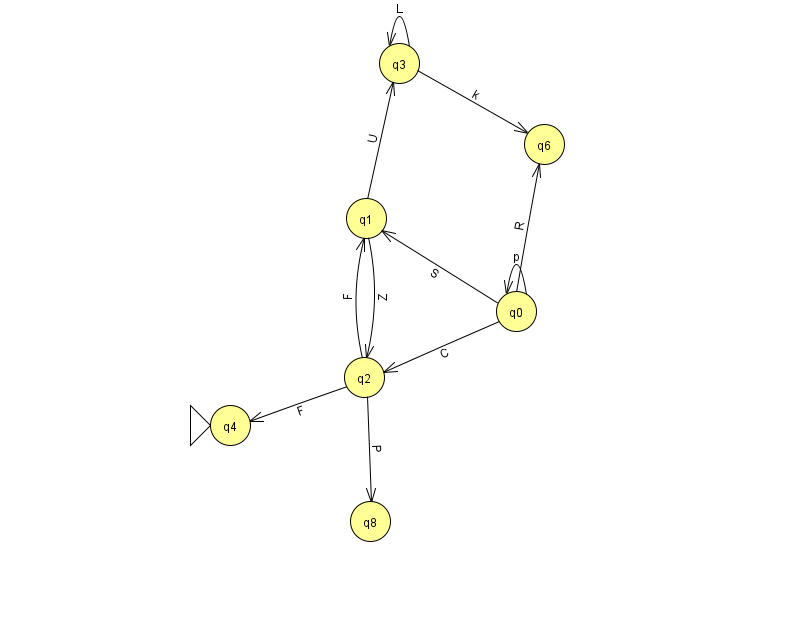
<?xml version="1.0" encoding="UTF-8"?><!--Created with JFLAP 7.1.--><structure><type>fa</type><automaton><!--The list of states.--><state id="0" name="q0"><x>516.0</x><y>298.0</y></state><state id="1" name="q1"><x>366.0</x><y>205.0</y></state><state id="2" name="q2"><x>364.0</x><y>364.0</y></state><state id="3" name="q3"><x>399.0</x><y>50.0</y></state><state id="4" name="q4"><x>230.0</x><y>412.0</y><initial/></state><state id="6" name="q6"><x>544.0</x><y>131.0</y></state><state id="8" name="q8"><x>370.0</x><y>508.0</y></state><!--The list of transitions.--><transition><from>0</from><to>0</to><read>p</read></transition><transition><from>3</from><to>6</to><read>k</read></transition><transition><from>2</from><to>1</to><read>F</read></transition><transition><from>0</from><to>2</to><read>C</read></transition><transition><from>1</from><to>3</to><read>U</read></transition><transition><from>3</from><to>3</to><read>L</read></transition><transition><from>0</from><to>6</to><read>R</read></transition><transition><from>1</from><to>2</to><read>Z</read></transition><transition><from>2</from><to>4</to><read>F</read></transition><transition><from>0</from><to>1</to><read>S</read></transition><transition><from>2</from><to>8</to><read>P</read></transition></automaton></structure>